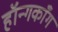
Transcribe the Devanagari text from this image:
हॉन्गकाँग